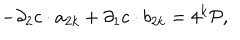
- \partial _ { 2 } c \cdot a _ { 2 k } + \partial _ { 1 } c \cdot b _ { 2 k } = 4 ^ { k } { \cal P } ,